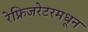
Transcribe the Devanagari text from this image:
रेफ्रिजरेटरमधून